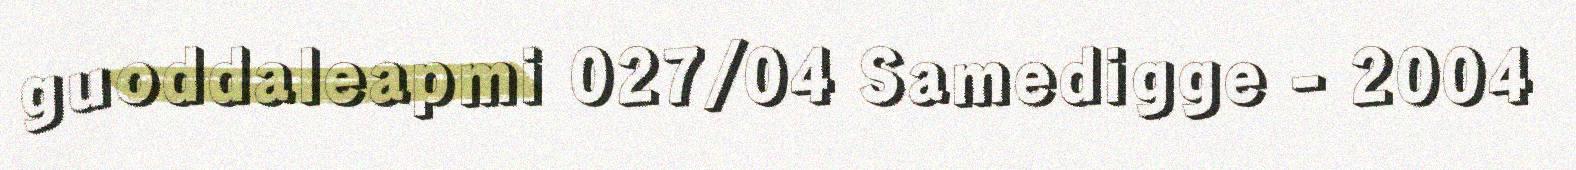
guoddaleapmi 027/04 Samedigge - 2004